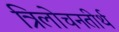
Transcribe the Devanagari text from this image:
त्रिलोचनतीर्थ